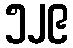
၅၂၉